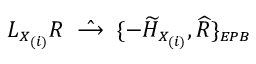
{ \cal L } _ { \scriptscriptstyle X _ { ( i ) } } R \; \; \hat { \longrightarrow } \; \; \{ - \widetilde { \cal H } _ { \scriptscriptstyle X _ { ( i ) } } , \widehat { R } \} _ { \scriptscriptstyle E P B }